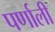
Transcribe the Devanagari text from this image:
पर्णाली